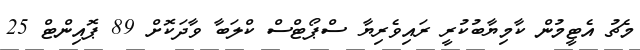
މެޗު އެޓީމުން ކާމިޔާބުކުރީ ރައިވެރިޔާ ސްޕޯޓްސް ކްލަބާ ވާދަކޮށް 89 ޕޮއިންޓް 25